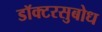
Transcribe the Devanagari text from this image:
डॉक्टरसुबोध